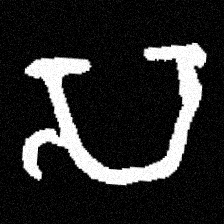
Pyu character \u2014 Myanmar letter: သ (romanized: sa)